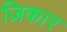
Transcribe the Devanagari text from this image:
ज़िकार